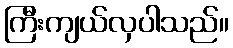
ကြီးကျယ်လှပါသည်။